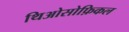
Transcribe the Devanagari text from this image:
थिओसोफ़िकल